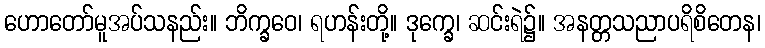
ဟောတော်မူအပ်သနည်း။ ဘိက္ခဝေ၊ ရဟန်းတို့။ ဒုက္ခေ၊ ဆင်းရဲ၌။ အနတ္တသညာပရိစိတေန၊